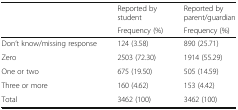
<table><thead><tr><td>[EMPTY_CELL]</td><td><b>Reported by student</b></td><td><b>Reported by parent/guardian</b></td></tr><tr><td>[EMPTY_CELL]</td><td><b>Frequency (%)</b></td><td><b>Frequency (%)</b></td></tr></thead><tbody><tr><td>Don’t know/missing response</td><td>124 (3.58)</td><td>890 (25.71)</td></tr><tr><td>Zero</td><td>2503 (72.30)</td><td>1914 (55.29)</td></tr><tr><td>One or two</td><td>675 (19.50)</td><td>505 (14.59)</td></tr><tr><td>Three or more</td><td>160 (4.62)</td><td>153 (4.42)</td></tr><tr><td>Total</td><td>3462 (100)</td><td>3462 (100)</td></tr></tbody></table>